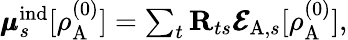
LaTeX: \begin{array}{r}{\pmb{\mu}_{s}^{\mathrm{ind}}[\rho_{\mathrm{A}}^{(0)}]=\sum_{t}\mathbf{R}_{ts}\pmb{\mathcal{E}}_{\mathrm{A},s}[\rho_{\mathrm{A}}^{(0)}],}\end{array}